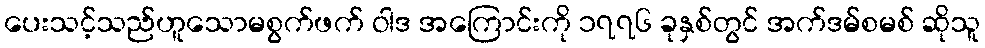
ပေးသင့်သည်ဟူသောမစွက်ဖက် ဝါဒ အကြောင်းကို ၁၇၇၆ ခုနှစ်တွင် အက်ဒမ်စမစ် ဆိုသူ